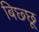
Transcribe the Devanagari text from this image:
बिछ्छू